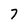
Character: 7